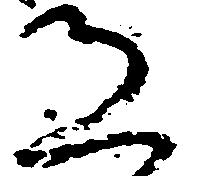
恐